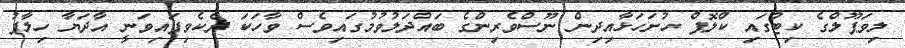
ލިވަޕޫލްގެ ކިޓުގައި ކްލޮޕް ހުށަހަޅާއިދިން ނޫސްވެރިންގެ ބައްދަލުވުމުގައިވެސް ވާހަކަ ދެކެވިފައިވަނީ އާދަޔާ ހިލާފު